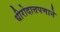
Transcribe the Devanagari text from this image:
धीरोदात्तपणाने